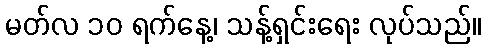
မတ်လ ၁၀ ရက်နေ့၊ သန့်ရှင်းရေး လုပ်သည်။